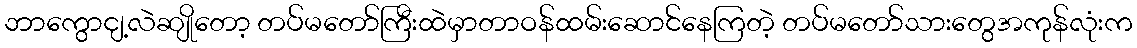
ဘာကွောငျ့လဲဆျိုတော့ တပ်မတော်ကြီးထဲမှာတာဝန်ထမ်းဆောင်နေကြတဲ့ တပ်မတော်သားတွေအကုန်လုံးက